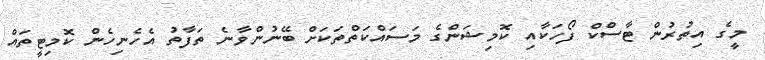
މީގެ އިތުރުން ޓާސްކް ފޯހަކާއި ކޮމިޝަންގެ މަސައްކަތްތަކަށް ބޭނުންވާނެ ތަފާތު އެހެނިހެން ކޮމިޓީތައް